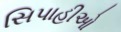
સિપાહીઓ